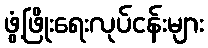
ဖွံ့ဖြိုးရေးလုပ်ငန်းများ